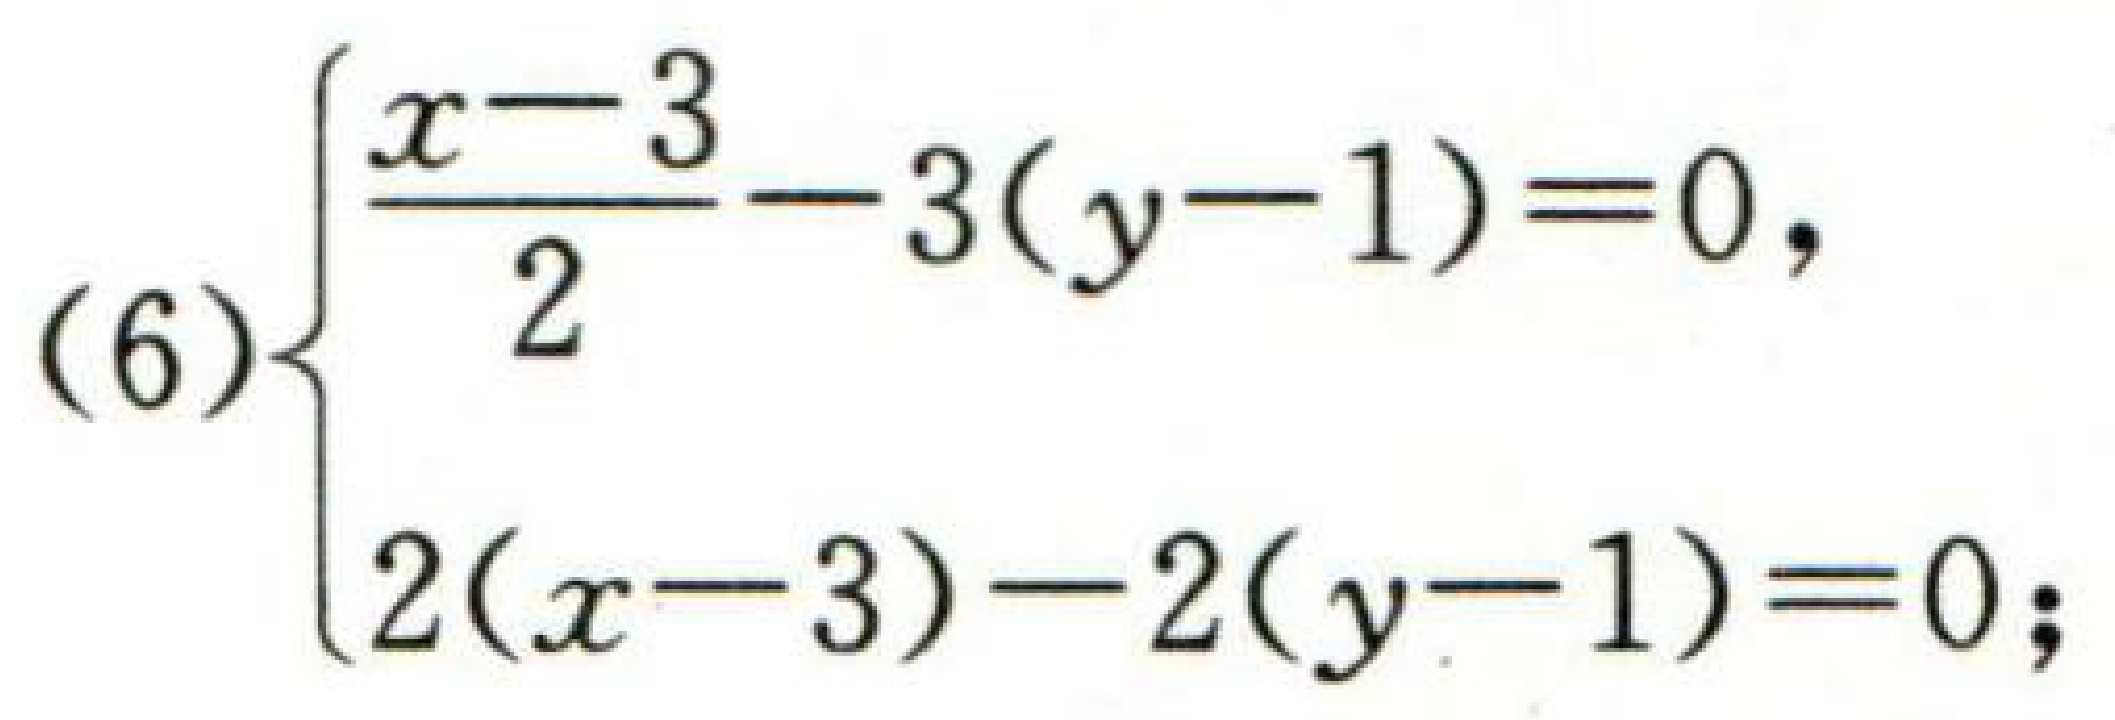
$(6)\begin{cases}\dfrac{x - 3}{2}-3(y - 1)=0,\\2(x - 3)-2(y - 1)=0;\end{cases}$